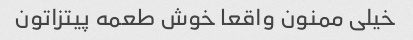
خیلی ممنون واقعا خوش طعمه پیتزاتون